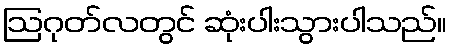
ဩဂုတ်လတွင် ဆုံးပါးသွားပါသည်။